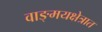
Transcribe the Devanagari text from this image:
वाङ्‌मयक्षेत्रात